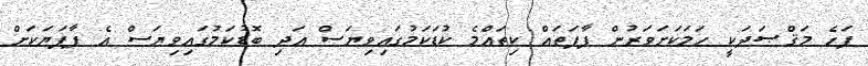
ފަހެ މަޤްޞަދަކީ ހަމަކަށަވަރުން ފާފަތައް ކިތައްމެ ކުޑަކަމުގައިވިޔަސް އަދި ބޮޑުކަމުގައިވިޔަސް އެ ފާފަޔަކަށް